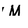
Character: M